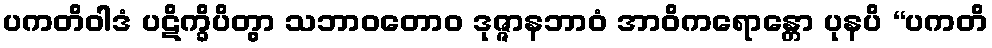
ပကတိဝါဒံ ပဋိက္ခိပိတွာ သဘာဝတောဝ ဒုဇ္ဇာနဘာဝံ အာဝိကရောန္တော ပုနပိ “ပကတိ